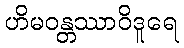
ဟိမဝန္တဿာဝိဒူရေ